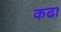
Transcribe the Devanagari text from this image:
कढा